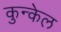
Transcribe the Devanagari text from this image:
कुन्केल